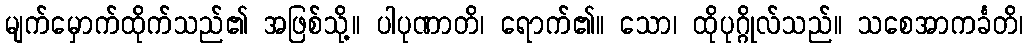
မျက်မှောက်ထိုက်သည်၏ အဖြစ်သို့။ ပါပုဏာတိ၊ ရောက်၏။ သော၊ ထိုပုဂ္ဂိုလ်သည်။ သစေအာကင်္ခတိ၊